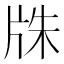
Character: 㸡